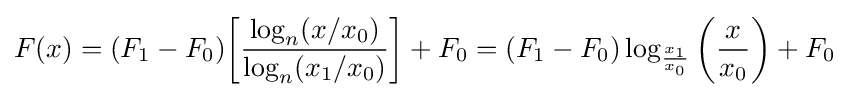
F(x)=(F_{1}-F_{0}){\left[{\frac {\log _{n}(x/x_{0})}{\log _{n}(x_{1}/x_{0})}}\right]}+F_{0}=(F_{1}-F_{0})\log _{\frac {x_{1}}{x_{0}}}{\left({\frac {x}{x_{0}}}\right)}+F_{0}